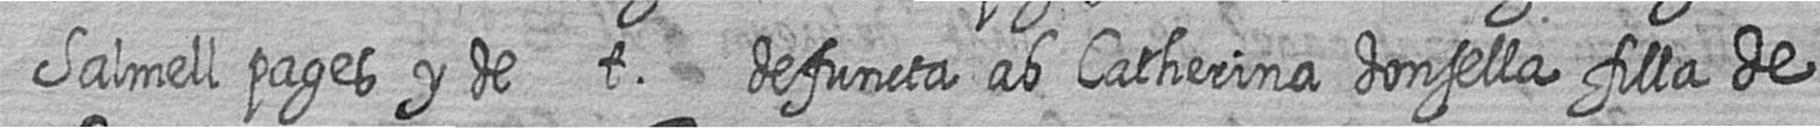
Salmell pages y de t defuncta ab Catherina donsella filla de